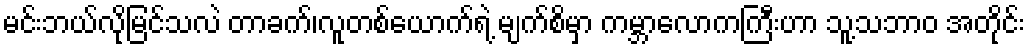
မင်းဘယ်လိုမြင်သလဲ တာခက်၊လူတစ်ယောက်ရဲ့ မျက်စိမှာ ကမ္ဘာလောကကြီးဟာ သူ့သဘာဝ အတိုင်း